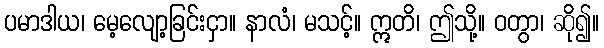
ပမာဒါယ၊ မေ့လျော့ခြင်းငှာ။ နာလံ၊ မသင့်။ ဣတိ၊ ဤသို့။ ဝတွာ၊ ဆို၍။